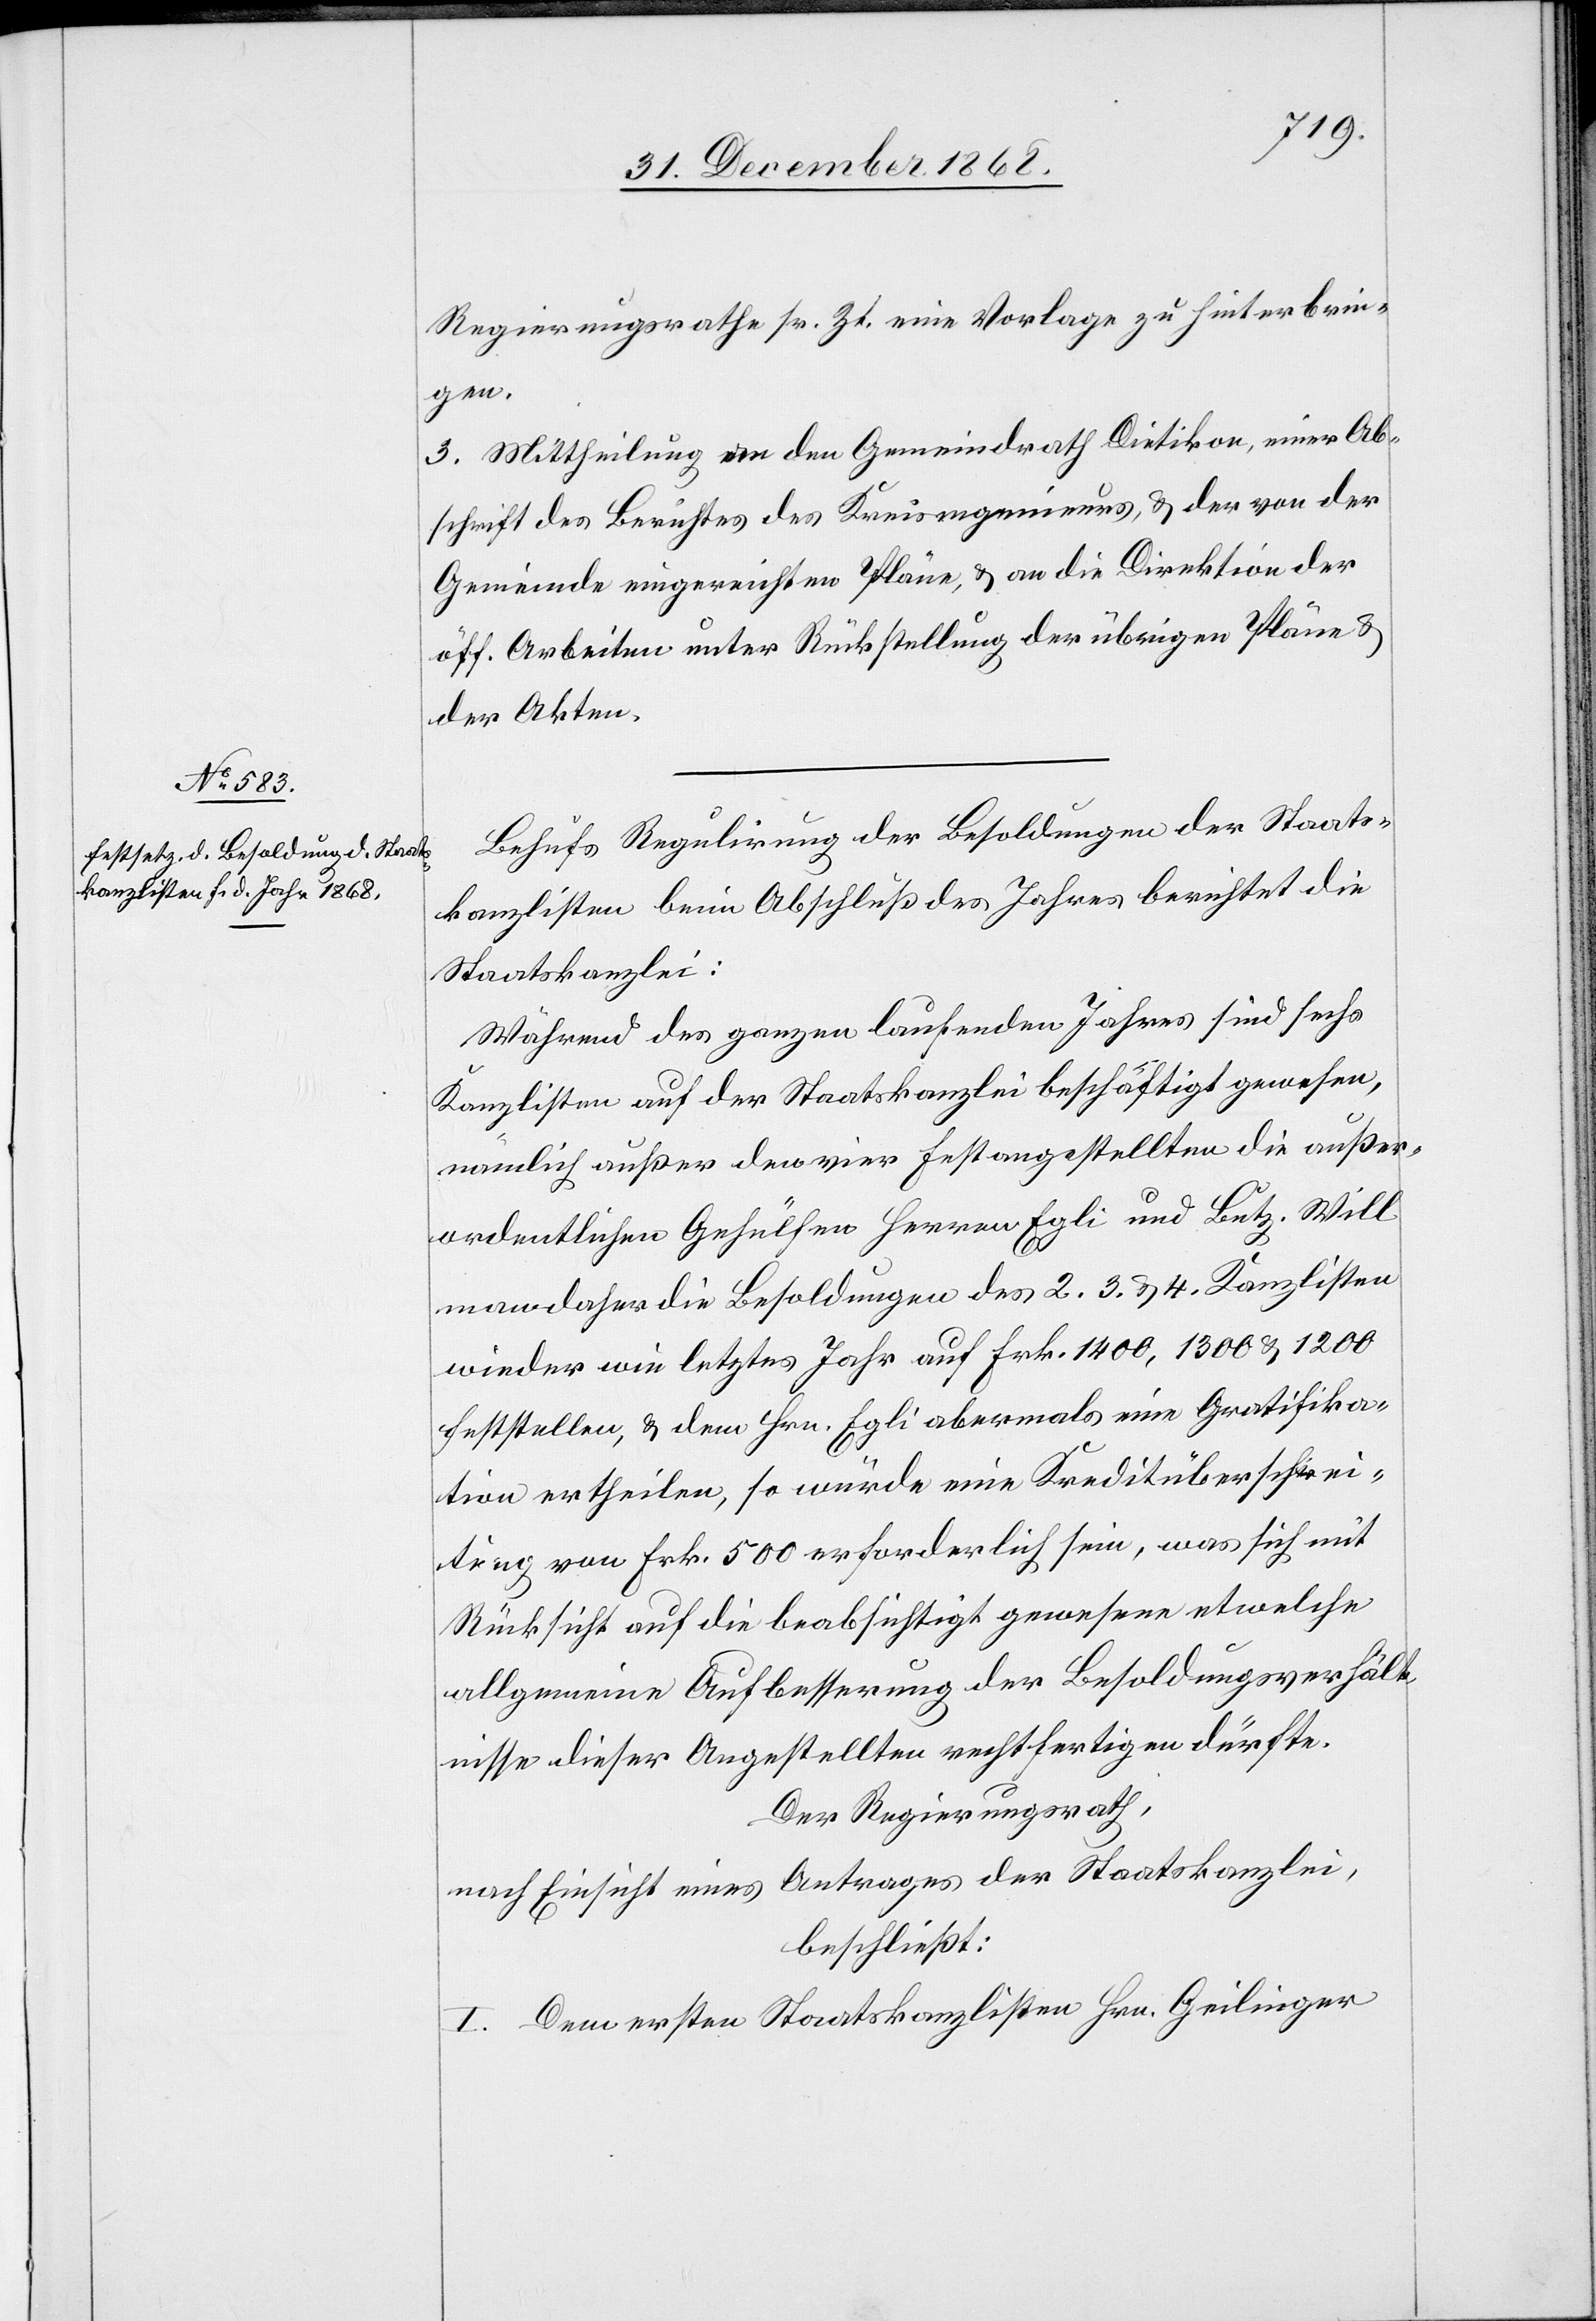
Regierungsrathe sr. Zt. eine Vorlage zu hinterbrin¬
gen.
3. Mittheilung an den Gemeindrath Dietikon, einer Ab¬
schrift des Berichtes des Kreisingenieurs, & der von der
Gemeinde eingereichten Pläne, & an die Direktion der
öff. Arbeiten unter Rückstellung der übrigen Pläne &
der Akten.
Behufs Regulirung der Besoldungen der Staats¬
kanzlisten beim Abschluß des Jahres berichtet die
Staatskanzlei:
Während des ganzen laufenden Jahres sind sechs
Kanzlisten auf der Staatskanzlei beschäftigt gewesen,
nämlich außer den vier Festangestellten die außer¬
ordentlichen Gehülfen Herren Egli und Butz. Will
man daher die Besoldungen des 2. 3. & 4. Kanzlisten
wieder wie letztes Jahr auf Frk. 1400, 1300 & 1200
feststellen, & dem Hrn. Egli abermals eine Gratifika¬
tion ertheilen, so würde eine Kreditüberschrei¬
tung von Frk. 500 erforderlich sein, was sich mit
Rücksicht auf die beabsichtigt gewesene etwelche
allgemeine Aufbesserung der Besoldungsverhält¬
nisse dieser Angestellten rechtfertigen dürfte.
Der Regierungsrath,
nach Einsicht eines Antrages der Staatskanzlei,
beschließt:
I. Dem ersten Staatskanzlisten Hrn. Geilinger